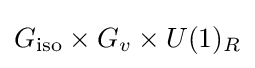
G_{\text{iso}}\times G_{v}\times U(1)_{R}